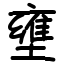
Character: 壅